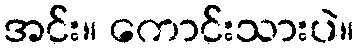
အင်း။ ကောင်းသားပဲ။